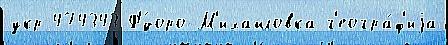
укр 474343 Ф'́доро-М'ихайловка г'еогра́ф'иjа